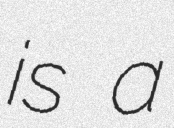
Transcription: is a